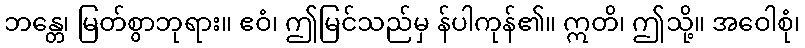
ဘန္တေ၊ မြတ်စွာဘုရား။ ဧဝံ၊ ဤမြင်သည်မှ န်ပါကုန်၏။ ဣတိ၊ ဤသို့။ အဝေါစုံ၊